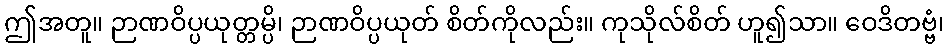
ဤအတူ။ ဉာဏဝိပ္ပယုတ္တမ္ပိ၊ ဉာဏဝိပ္ပယုတ် စိတ်ကိုလည်း။ ကုသိုလ်စိတ် ဟူ၍သာ။ ဝေဒိတဗ္ဗံ၊